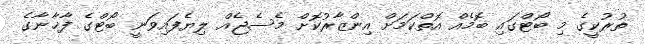
ތުރުކީގެ މި ބޯޓްގައި ބޮމެއް އޮތްކަމަށް އިންޒާރުކޮށް މެސެޖެއް ލިޔެފައިވަނީ ބޯޓްގެ ފާޚާނާގެ